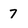
Character: 7